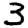
Digit: 3